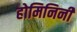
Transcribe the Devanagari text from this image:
होमिनिनी